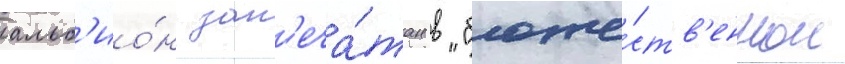
альб'ио́н зап'еча́тан в "боже́ств'енном